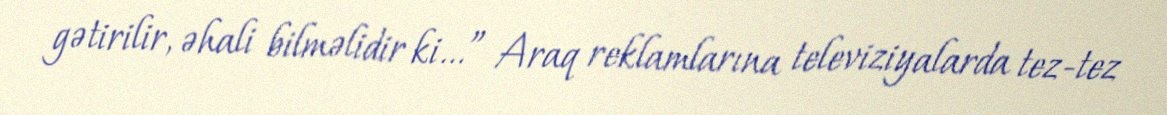
gətirilir, əhali bilməlidir ki...” Araq reklamlarına televiziyalarda tez-tez